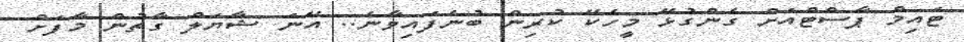
ޓައިމް ޕާސްޓްއަށް ގެންގުޅޭ މީހެކޭ ކުރިން ބުނެފައިވާނެ.. އޭނަ ޝާޔަލް ގާތުން މާފަށް